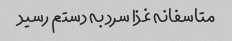
متاسفانه غذا سرد به دستم رسید